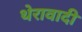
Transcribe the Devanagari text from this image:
थेरावादी